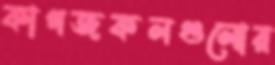
কাগজকলগুলোর